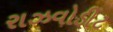
રાઝવોડીટ